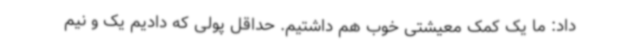
داد: ما یک کمک معیشتی خوب هم داشتیم. حداقل پولی که دادیم یک و نیم